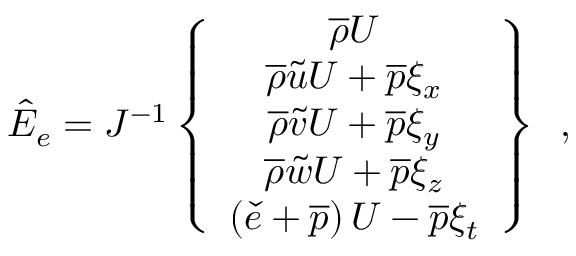
\hat { E } _ { e } = J ^ { - 1 } \left\{ \begin{array} { c } { \overline { { \rho } } U } \\ { \overline { { \rho } } \tilde { u } U + \overline { { p } } \xi _ { x } } \\ { \overline { { \rho } } \tilde { v } U + \overline { { p } } \xi _ { y } } \\ { \overline { { \rho } } \tilde { w } U + \overline { { p } } \xi _ { z } } \\ { \left( \check { e } + \overline { { p } } \right) U - \overline { { p } } \xi _ { t } } \end{array} \right\} \, \mathrm { ~ , ~ }